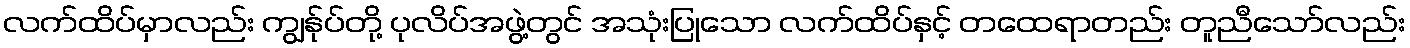
လက်ထိပ်မှာလည်း ကျွန်ုပ်တို့ ပုလိပ်အဖွဲ့တွင် အသုံးပြုသော လက်ထိပ်နှင့် တထေရာတည်း တူညီသော်လည်း